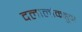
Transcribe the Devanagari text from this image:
दलालांकडून